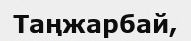
Таңжарбай,